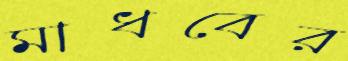
মাধবের